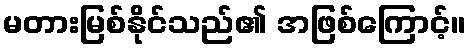
မတားမြစ်နိုင်သည်၏ အဖြစ်ကြောင့်။